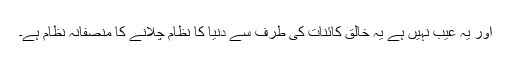
اور یہ عیب نہیں ہے یہ خالقِ کائنات کی طرف سے دنیا کا نظام چلانے کا منصفانہ نظام ہے۔